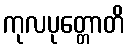
ကုလပုတ္တောတိ